Vaccine operations Central Provinces 1868-1885 - 1868-1885
Year: 1868
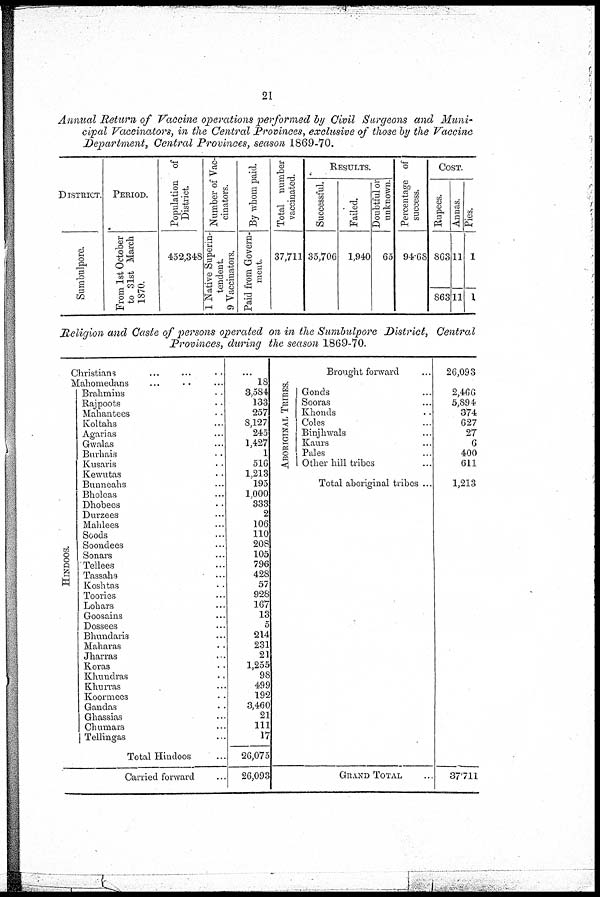
21
Annual Return of Vaccine operations performed by Civil Surgeons and Muni¬
cipal Vaccinators, in the Central Provinces, exclusive of those by the Vaccine
Department, Central Provinces, season 1869-70.
DISTRICT.
Sumbulpore.
PERIOD.
From 1st October
to 31st March
1870.
Population of
District.
452,348
Number of Vac-
cinators.
1 Native Superin¬
tendent.
9 Vaccinators,
By whom paid.
Paid from Govern-
ment.
Total number
vaccinated.
37,711
RESULTS.
Successful.
35,706
Failed.
1,940
Doubtful or
unknown.
65
Percentage of
success.
94.68
COST.
Rupees.
863
863
Annas.
11
11
Pies.
1
1
Religion and Caste of persons operated on in the Sumbulpore District,
Central
Provinces, during the season 1869-70.
HINDOOS.
Christians ... ... ...
Mahomedans ... ... ...
Brahmins ...
Rajpoots ...
Mahantees ...
Koltahs ...
Agarias ...
Gwalas ...
Burhais ...
Kusaris ...
Kewutas ...
Bunneahs ...
Bholcas ...
Dhobees ...
Durzees ...
Mahlees ...
Soods ...
Soondees ...
Sonars ...
Tellees ...
Tassahs ...
Koshtas ...
Toories ...
Lohars ...
Goosains ...
Dossees ...
Bhundaris ...
Maharas ...
Jharras ...
Koras ...
Khundras ...
Khurras ...
Koormees ...
Gandas ...
Ghassias ...
Chumars ...
Tellingas ...
Total Hindoos ...
Carried forward ...
...
18
3,584
133
257
8,127
245
1,427
1
516
1,213
195
1,000
333
2
106
110
208
105
796
428
57
928
167
13
5
214
231
21
1,255
98
499
192
3,460
21
111
17
26,075
26,093
ABORIGINAL TRIBES.
Brought forward ...
Gonds ...
Sooras ...
Khonds ...
Coles ...
Binjhwals ...
Kaurs ...
Pales ...
Other hill tribes ...
Total aboriginal tribes ...
GRAND TOTAL
26,093
2,466
5,894
374
627
27
6
400
611
1,213
37711